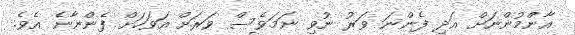
އާންމުންނަށް އަދި ފެންނަ ވަރު ނުވި ނަމަވެސް ވަރަށް އަވަހަށް ފެންނާނެ އެވެ.